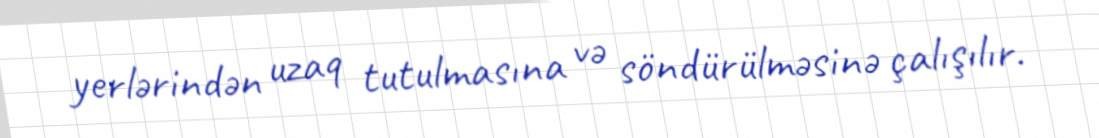
yerlərindən uzaq tutulmasına və söndürülməsinə çalışılır.